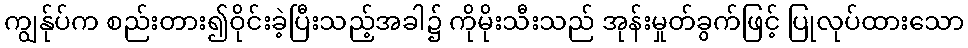
ကျွန်ုပ်က စည်းတား၍ဝိုင်းခဲ့ပြီးသည့်အခါ၌ ကိုမိုးသီးသည် အုန်းမှုတ်ခွက်ဖြင့် ပြုလုပ်ထားသော